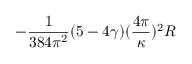
- \frac { 1 } { 3 8 4 \pi ^ { 2 } } ( 5 - 4 \gamma ) ( \frac { 4 \pi } { \kappa } ) ^ { 2 } R